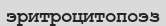
эритроцитопоэз